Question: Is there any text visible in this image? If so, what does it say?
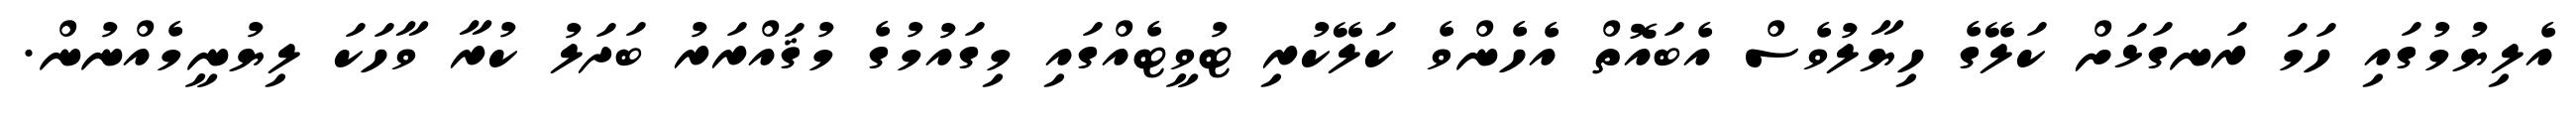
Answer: އެލިޔުމުގައި ހަމަ ރަނގަޅަށް ކަލޭގެ ހިޔާލުވެސް އެބައޮތް އެހެންވެ ކަލޭކުރި ޓުވީޓެއްގައި މިގައުމުގެ މުޤައްރަރު ބަދަލު ކުރާ ވާހަކަ ލިޔުނީމެއްނުން.